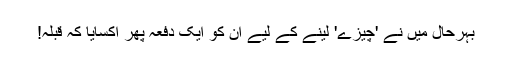
بہرحال میں نے 'چیزے' لینے کے لیے ان کو ایک دفعہ پھر اکسایا کہ قبلہ!